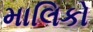
માલિકો